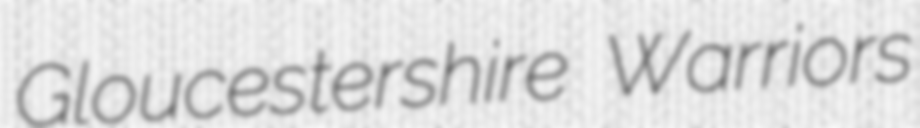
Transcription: Gloucestershire Warriors